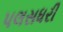
પલસધરી